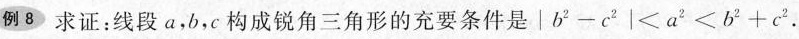
例8 求证：线段a，b，c构成锐角三角形的充要条件是$$\left | b ^ { 2 } ─ c ^ { 2 } \right | < a ^ { 2 } < b ^ { 2 } + c ^ { 2 }$$.